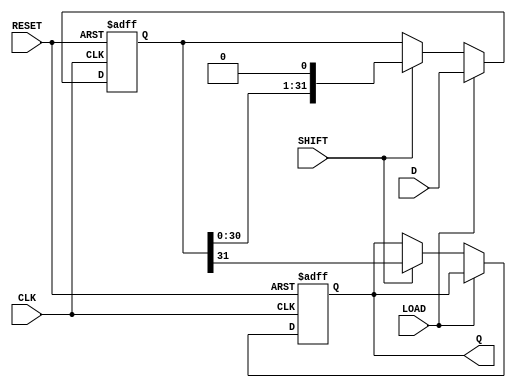
module PISO_Register (
    input wire [31:0] D,      // 32-bit data input
    input wire LOAD,          // Load control signal
    input wire SHIFT,         // Shift control signal
    input wire CLK,           // Clock signal
    input wire RESET,         // Asynchronous reset signal
    output reg Q              // Serial output
);

    reg [31:0] shift_reg;     // 32-bit shift register

    // Asynchronous reset
    always @(posedge CLK or posedge RESET) begin
        if (RESET) begin
            shift_reg <= 32'b0; // Clear the shift register
            Q <= 1'b0;          // Clear the output
        end else begin
            if (LOAD) begin
                shift_reg <= D;  // Load data into the shift register
            end else if (SHIFT) begin
                Q <= shift_reg[31]; // Output the MSB
                shift_reg <= {shift_reg[30:0], 1'b0}; // Shift right
            end
        end
    end

endmodule